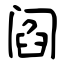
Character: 阎